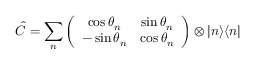
\hat { C } = \sum _ { n } \left( \begin{array} { c c } { \cos \theta _ { n } } & { \sin \theta _ { n } } \\ { - \sin \theta _ { n } } & { \cos \theta _ { n } } \end{array} \right) \otimes | n \rangle \langle n |